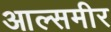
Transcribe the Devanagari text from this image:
आल्समीर